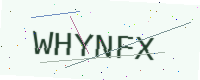
Text: WHYNFX